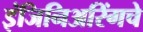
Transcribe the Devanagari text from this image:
इंजिनिअरिंगचे